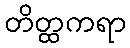
တိတ္ထကရာ